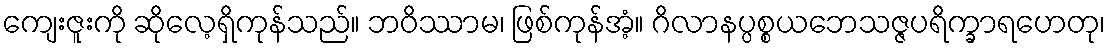
ကျေးဇူးကို ဆိုလေ့ရှိကုန်သည်။ ဘဝိဿာမ၊ ဖြစ်ကုန်အံ့။ ဂိလာနပ္ပစ္စယဘေသဇ္ဇပရိက္ခာရဟေတု၊